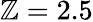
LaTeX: \mathbb{Z}=2.5